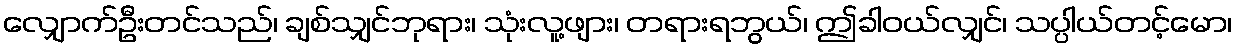
လျှောက်ဦးတင်သည်၊ ချစ်သျှင်ဘုရား၊ သုံးလူ့ဖျား၊ တရားရဘွယ်၊ ဤခါဝယ်လျှင်၊ သပ္ပါယ်တင့်မော၊